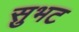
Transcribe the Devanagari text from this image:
सुभट